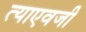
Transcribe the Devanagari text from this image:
त्याएवजी